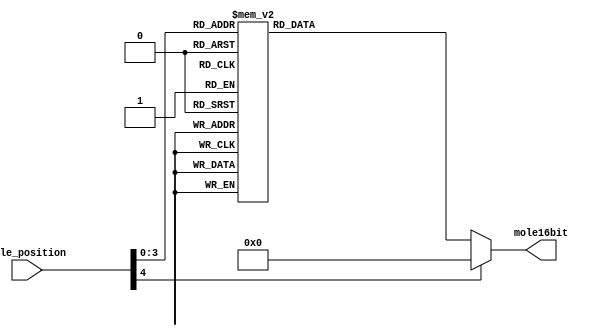
module MoleDecoder(mole16bit, mole_position);
	input [4:0]mole_position;
	output [15:0]mole16bit;
	
	reg [15:0]mole16bit;
	
	always @( * )begin
		case(mole_position)
			5'd0: mole16bit = 16'b0000_0000_0000_0001;
			5'd1: mole16bit = 16'b0000_0000_0000_0010;
			5'd2: mole16bit = 16'b0000_0000_0000_0100;
			5'd3: mole16bit = 16'b0000_0000_0000_1000;
			5'd4: mole16bit = 16'b0000_0000_0001_0000;
			5'd5: mole16bit = 16'b0000_0000_0010_0000;
			5'd6: mole16bit = 16'b0000_0000_0100_0000;
			5'd7: mole16bit = 16'b0000_0000_1000_0000;
			5'd8: mole16bit = 16'b0000_0001_0000_0000;
			5'd9: mole16bit = 16'b0000_0010_0000_0000;
			5'd10:mole16bit = 16'b0000_0100_0000_0000;
			5'd11:mole16bit = 16'b0000_1000_0000_0000;
			5'd12:mole16bit = 16'b0001_0000_0000_0000;
			5'd13:mole16bit = 16'b0010_0000_0000_0000;
			5'd14:mole16bit = 16'b0100_0000_0000_0000;
			5'd15:mole16bit = 16'b1000_0000_0000_0000;
			default:
				mole16bit = 16'b0000_0000_0000_0000;
		endcase
	end
	
endmodule